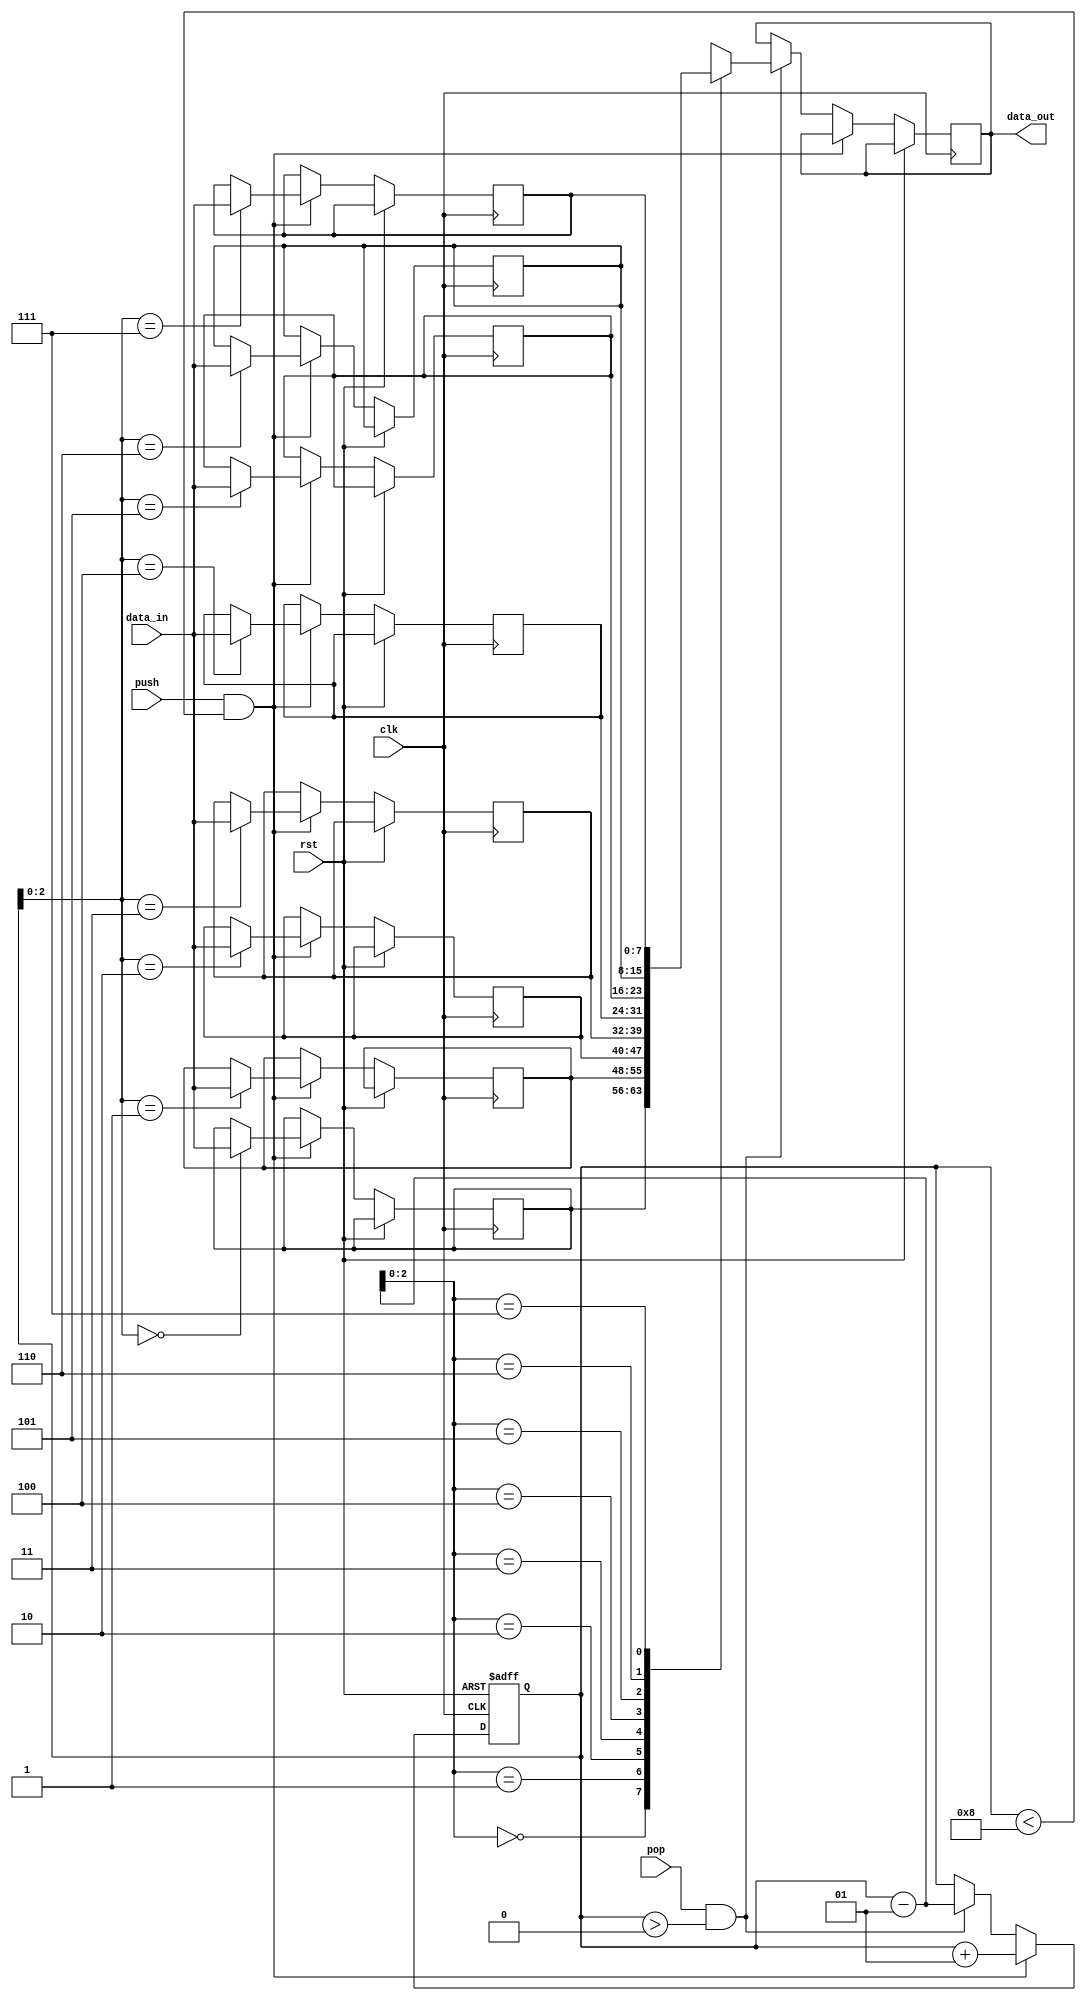
module lifo(
  input wire clk,
  input wire rst,
  input wire push,
  input wire pop,
  input wire [7:0] data_in,
  output reg [7:0] data_out
);

reg [7:0] stack[7:0]; // defining the stack with a depth of 8

integer top;

always @(posedge clk or posedge rst) begin
  if(rst) begin
    top <= 0;
  end else begin
    if(push && (top < 8)) begin
      stack[top] <= data_in;
      top <= top + 1;
    end else if(pop && (top > 0)) begin
      data_out <= stack[top-1];
      top <= top - 1;
    end
  end
end

endmodule